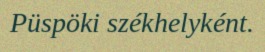
Püspöki székhelyként.